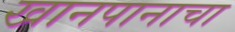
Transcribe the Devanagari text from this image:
खानपानाचा